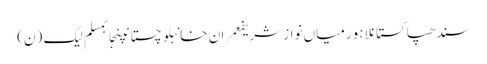
سندھپاکستانلاہورمیاں نواز شریفعمران خانبلوچستانپنجابمسلم لیگ (ن)